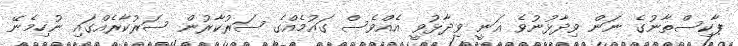
ޕާކިސްތާނުގެ ނަން ވިދާޅުނުވެ ޣަނީ ވިދާޅުވީ އެއްވެސް ގައުމެއްގެ ސަރުކާރުން ސަރުކާރެއްގައި ނުހިމެނޭ